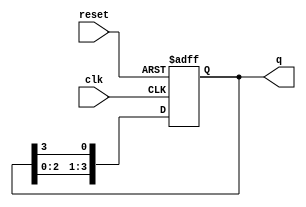
module ring_counter (
    input wire clk,        // Clock input
    input wire reset,      // Asynchronous reset input
    output reg [3:0] q     // 4-bit output representing the state of the counter
);

    // Initial state for the ring counter
    initial begin
        q = 4'b1000; // Initial state: 1000
    end

    always @(posedge clk or posedge reset) begin
        if (reset) begin
            // Reset the counter to initial state
            q <= 4'b1000; // Reset state: 1000
        end else begin
            // Shift the state in a ring fashion
            q <= {q[2:0], q[3]}; // Shift left and wrap around
        end
    end

endmodule